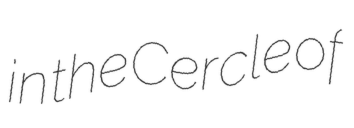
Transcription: in the Cercle of